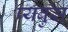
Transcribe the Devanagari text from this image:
प्यबुस